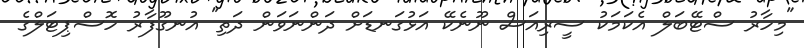
"މިހާރު ސްޓޭބަލް އެކަމަކު ސީރިއަސް ނޫނެކޭ އަޅުގަނޑަށް ދަންނަވަން ދަތި" އުނގޫފާރު ހޮސްޕިޓަލްގެ